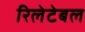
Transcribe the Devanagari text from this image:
रिलेटेबल